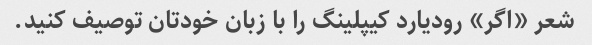
شعر «اگر» رودیارد کیپلینگ را با زبان خودتان توصیف کنید.